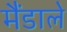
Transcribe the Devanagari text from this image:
मैंडाले